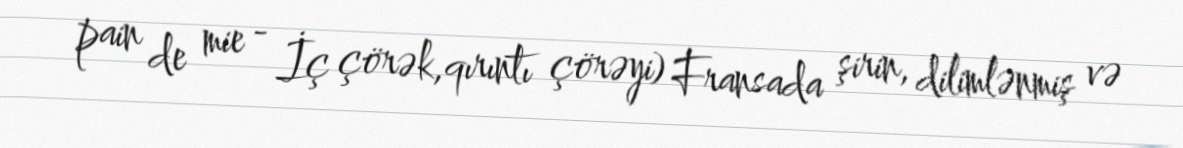
pain de mie - İç çörək,qırıntı çörəyi) Fransada şirin, dilimlənmiş və